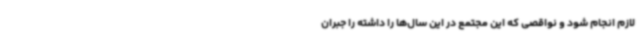
لازم انجام شود و نواقصی که این مجتمع در این سال‌ها را داشته را جبران